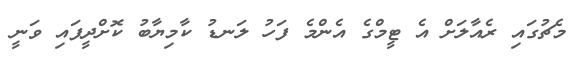
މެޗުގައި ރެއާލަށް އެ ޓީމްގެ އެންމެ ފަހު ލަނޑު ކާމިޔާބު ކޮށްދީފައި ވަނީ